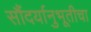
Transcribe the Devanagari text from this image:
सौंदर्यानुभूतीचा